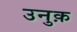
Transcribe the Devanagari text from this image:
उनुक़